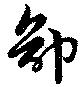
卻